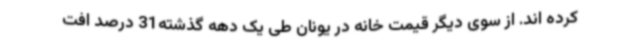
کرده اند. از سوی دیگر قیمت خانه در یونان طی یک دهه گذشته31 درصد افت